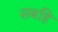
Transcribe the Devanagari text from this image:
सबहिं